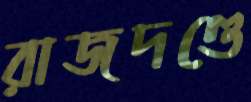
রাজদণ্ডে